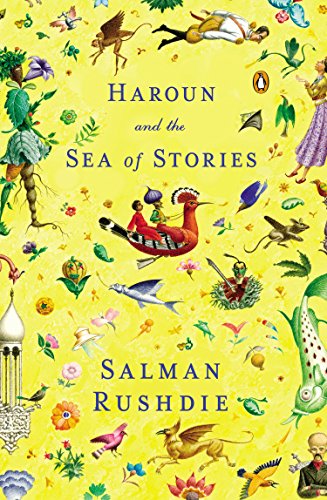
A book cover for Haroun and the Sea of Stories; Salman Rushdie; Science Fiction & Fantasy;